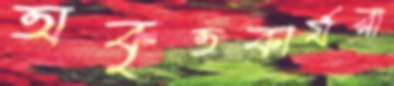
অকৃতকার্যরা